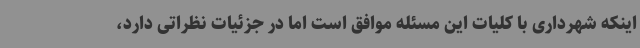
اینکه شهرداری با کلیات این مسئله موافق است اما در جزئیات نظراتی دارد،